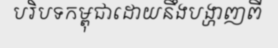
បរិបទកម្ពុជាដោយនឹងបង្ហាញពី